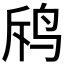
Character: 𪉄